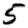
Digit: 5